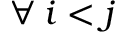
\forall \: i < j